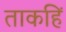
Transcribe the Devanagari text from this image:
ताकहिं